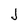
Character: J